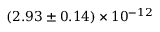
( 2 . 9 3 \pm 0 . 1 4 ) \times 1 0 ^ { - 1 2 }